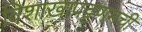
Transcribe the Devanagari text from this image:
विशाखापट्टणमची